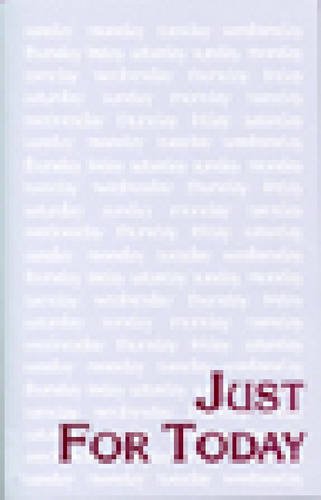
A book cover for Just for Today: Daily Meditations for Recovering Addicts; Narcotics Anonymous; Health, Fitness & Dieting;